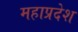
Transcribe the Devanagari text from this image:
महाप्रदेश